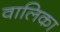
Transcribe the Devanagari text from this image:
वालिका